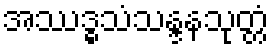
အဿဒ္ဓသံသန္ဒနသုတ္တံ